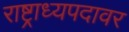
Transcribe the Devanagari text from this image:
राष्ट्राध्यपदावर